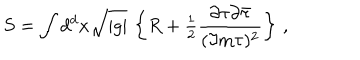
S = \int d ^ { d } x \sqrt { | g | } \, \left\{ R + { \textstyle \frac { 1 } { 2 } } \frac { \partial \tau \partial \bar { \tau } } { ( \Im \mathrm { m } \tau ) ^ { 2 } } \right\} \, ,